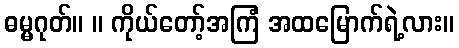
ဓမ္မဂုတ်။ ။ ကိုယ်တော့်အကြံ အထမြောက်ရဲ့လား။